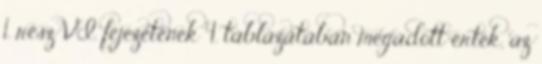
1. rész VI. fejezetének 4. táblázatában megadott érték, az